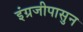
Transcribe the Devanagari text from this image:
इंग्रजीपासुन